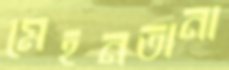
মেহনতানা